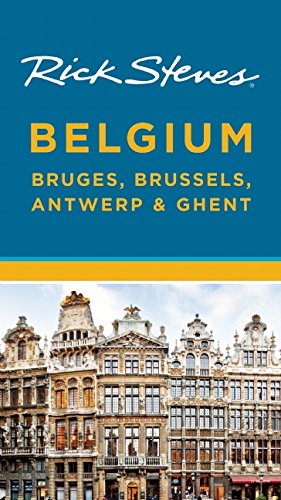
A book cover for Rick Steves Belgium: Bruges, Brussels, Antwerp & Ghent; Rick Steves; Travel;